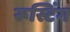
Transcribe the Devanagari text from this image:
रूस्टिंग